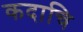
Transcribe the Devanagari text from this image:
कदाचि